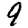
Digit: 9